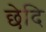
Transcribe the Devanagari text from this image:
छेदि